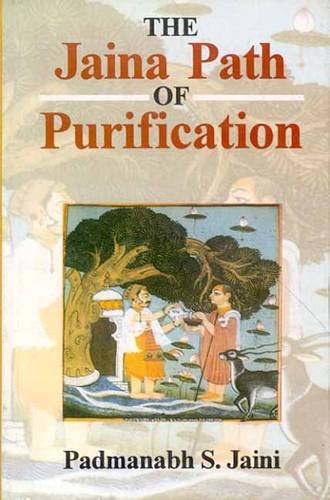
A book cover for Jaina Path of Purification; Padmanabh S. Jaini; Religion & Spirituality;